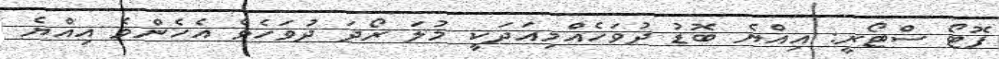
ފޮޓޯ ސްޓޯރީ: އިއްޔެ ބޮޑު ދުވަހެއްމިއަދަކީ މުލަ ރޯދަ ދުވަހެވެ އެހެންވެ އިއްޔެ